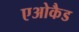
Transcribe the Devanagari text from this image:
एओकैड